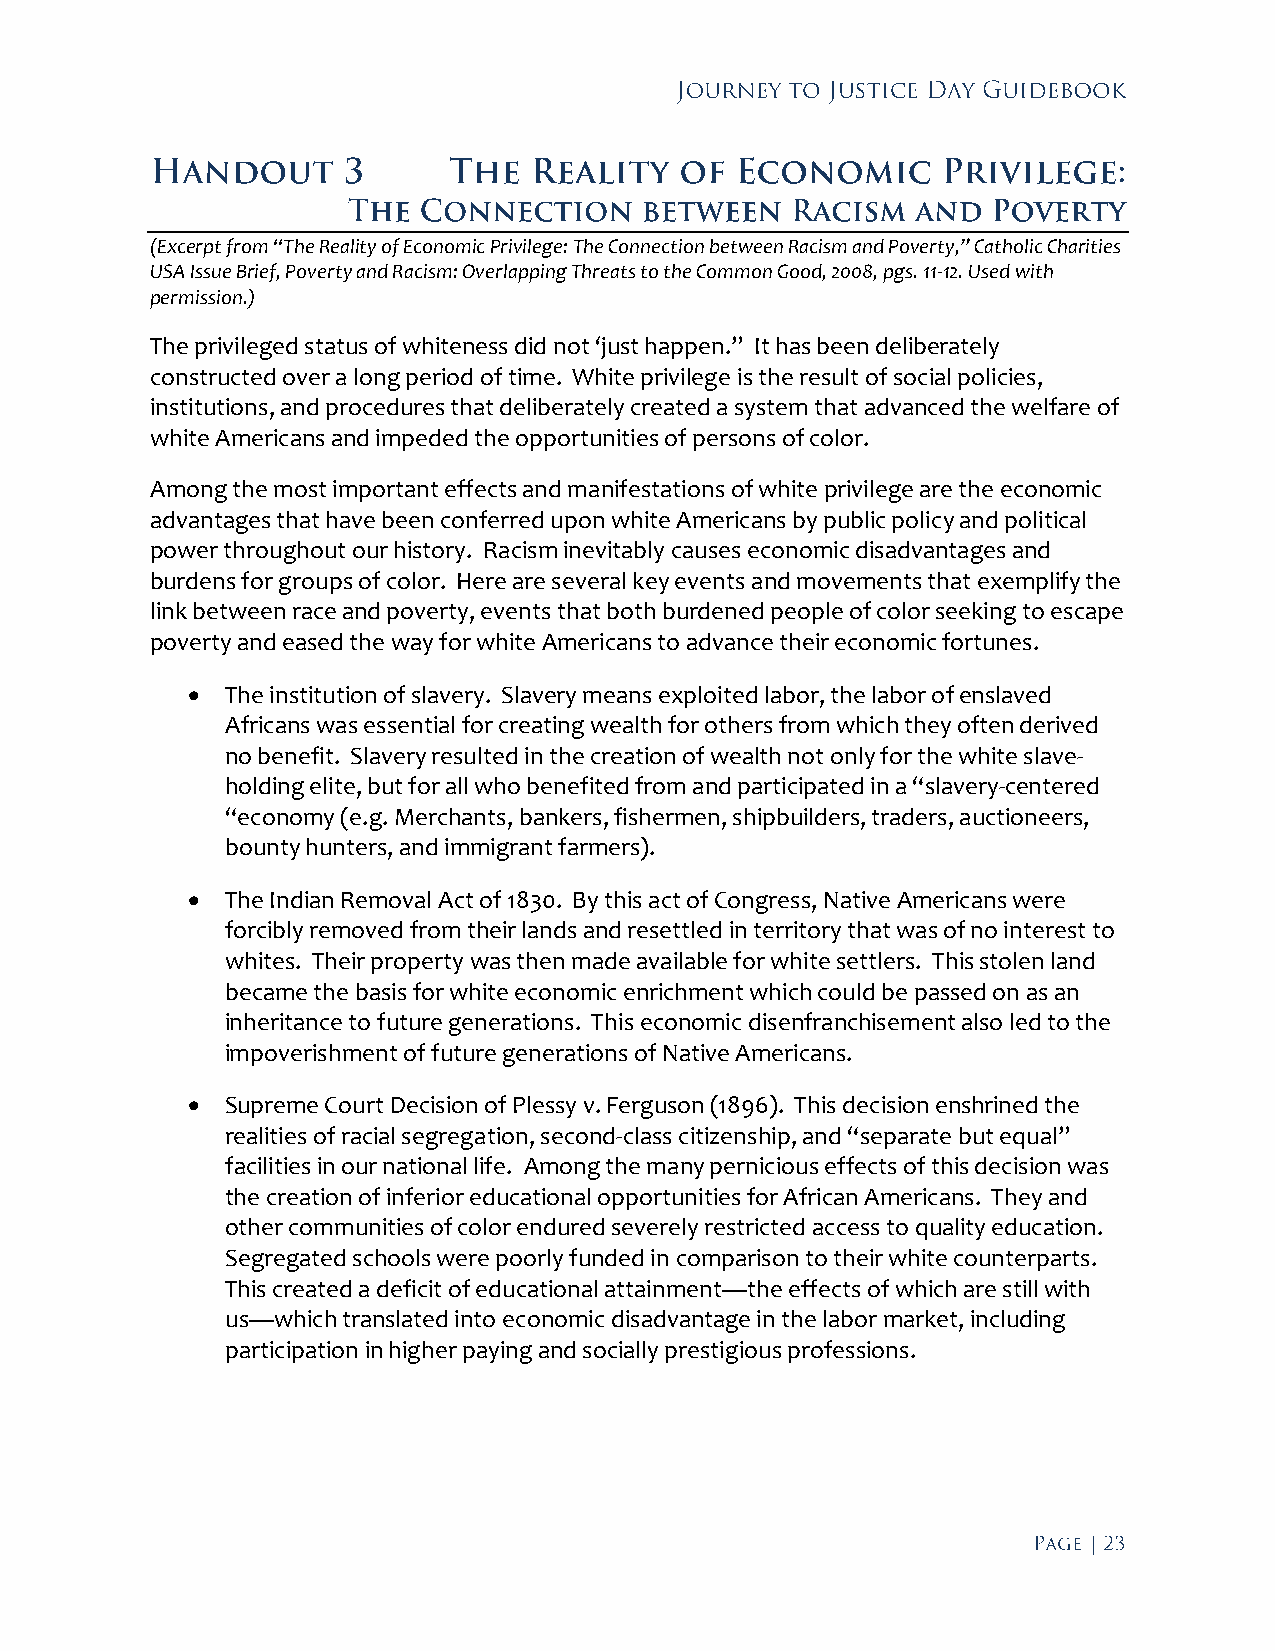
(Excerpt from “The Reality of Economic Privilege: The Connection between Racism and Poverty,” Catholic Charities
 USA Issue Brief, Poverty and Racism: Overlapping Threats to the Common Good, 2008, pgs. 11-12. Used with
 permission.)
 The privileged status of whiteness did not ‘just happen.” It has been deliberately
 constructed over a long period of time. White privilege is the result of social policies,
 institutions, and procedures that deliberately created a system that advanced the welfare of
 white Americans and impeded the opportunities of persons of color.
 Among the most important effects and manifestations of white privilege are the economic
 advantages that have been conferred upon white Americans by public policy and political
 power throughout our history. Racism inevitably causes economic disadvantages and
 burdens for groups of color. Here are several key events and movements that exemplify the
 link between race and poverty, events that both burdened people of color seeking to escape
 poverty and eased the way for white Americans to advance their economic fortunes.
   The institution of slavery. Slavery means exploited labor, the labor of enslaved
 Africans was essential for creating wealth for others from which they often derived
 no benefit. Slavery resulted in the creation of wealth not only for the white slave-
 holding elite, but for all who benefited from and participated in a “slavery-centered
 “economy (e.g. Merchants, bankers, fishermen, shipbuilders, traders, auctioneers,
 bounty hunters, and immigrant farmers).
   The Indian Removal Act of 1830. By this act of Congress, Native Americans were
 forcibly removed from their lands and resettled in territory that was of no interest to
 whites. Their property was then made available for white settlers. This stolen land
 became the basis for white economic enrichment which could be passed on as an
 inheritance to future generations. This economic disenfranchisement also led to the
 impoverishment of future generations of Native Americans.
   Supreme Court Decision of Plessy v. Ferguson (1896). This decision enshrined the
 realities of racial segregation, second-class citizenship, and “separate but equal”
 facilities in our national life. Among the many pernicious effects of this decision was
 the creation of inferior educational opportunities for African Americans. They and
 other communities of color endured severely restricted access to quality education.
 Segregated schools were poorly funded in comparison to their white counterparts.
 This created a deficit of educational attainment—the effects of which are still with
 us—which translated into economic disadvantage in the labor market, including
 participation in higher paying and socially prestigious professions.